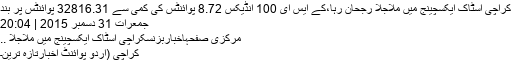
کراچی اسٹاک ایکسچینج میں ملاجلا رجحان رہا،کے ایس ای 100 انڈیکس 8.72 پوائنٹس کی کمی سے 32816.31 پوائنٹس پر بند
جمعرات 31 دسمبر 2015 | 20:04
مرکزی صفحہاخباربزنسکراچی اسٹاک ایکسچینج میں ملاجلا ..
کراچی (اُردو پوائنٹ اخبارتازہ ترین۔